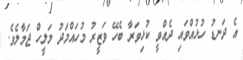
އެ ދަނޑު ހުޅުއްވައި ދެއްވީ ކުޅިވަރާ ބެހޭ ވަޒީރު މުހައްމަދު މަލީހް ޖަމާލެވެ.